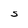
Character: S